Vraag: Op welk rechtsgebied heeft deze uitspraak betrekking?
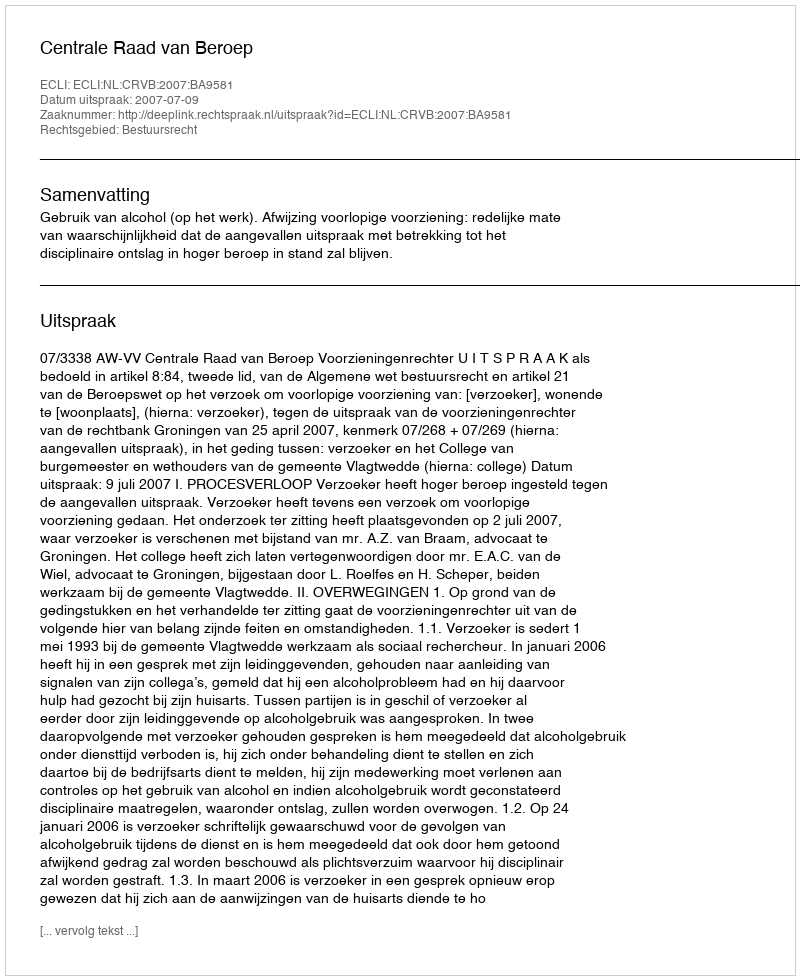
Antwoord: Bestuursrecht